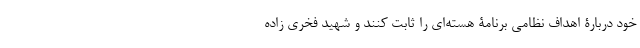
خود دربارۀ اهداف نظامی برنامۀ هسته‌ای را ثابت کنند و شهید فخری زاده